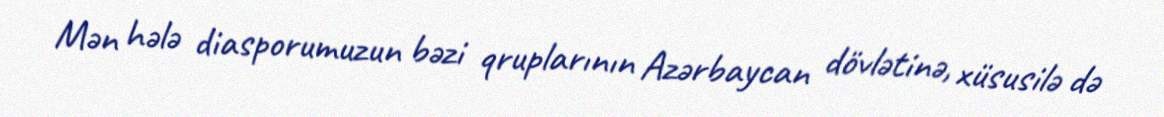
Mən hələ diasporumuzun bəzi qruplarının Azərbaycan dövlətinə, xüsusilə də